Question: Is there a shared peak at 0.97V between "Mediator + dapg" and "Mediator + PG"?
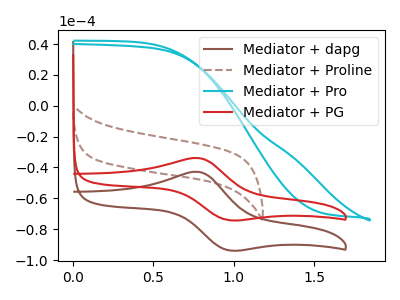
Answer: <think>The brown curve "Mediator + dapg" has an anodic peak at (0.80V, -42.85uA) and a cathodic peak at (0.95V, -93.70uA). The brown dashed curve "Mediator + Proline" has no peaks. The cyan curve "Mediator + Pro" has no peaks. The red curve "Mediator + PG" has an anodic peak at (0.80V, -33.90uA) and a cathodic peak at (0.95V, -74.15uA).</think>
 <answer>Yes, "Mediator + dapg" and "Mediator + PG" share a peak at 0.97V.</answer>
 <eval>match</eval>